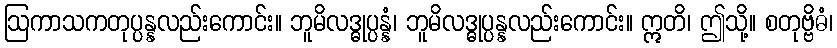
ဩကာသကတုပ္ပန္နလည်းကောင်း။ ဘူမိလဒ္ဓုပ္ပန္နံ၊ ဘူမိလဒ္ဓုပ္ပန္နလည်းကောင်း။ ဣတိ၊ ဤသို့။ စတုဗ္ဗိဓံ၊